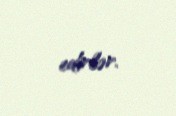
edirlər.